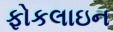
ફોકલાઇન